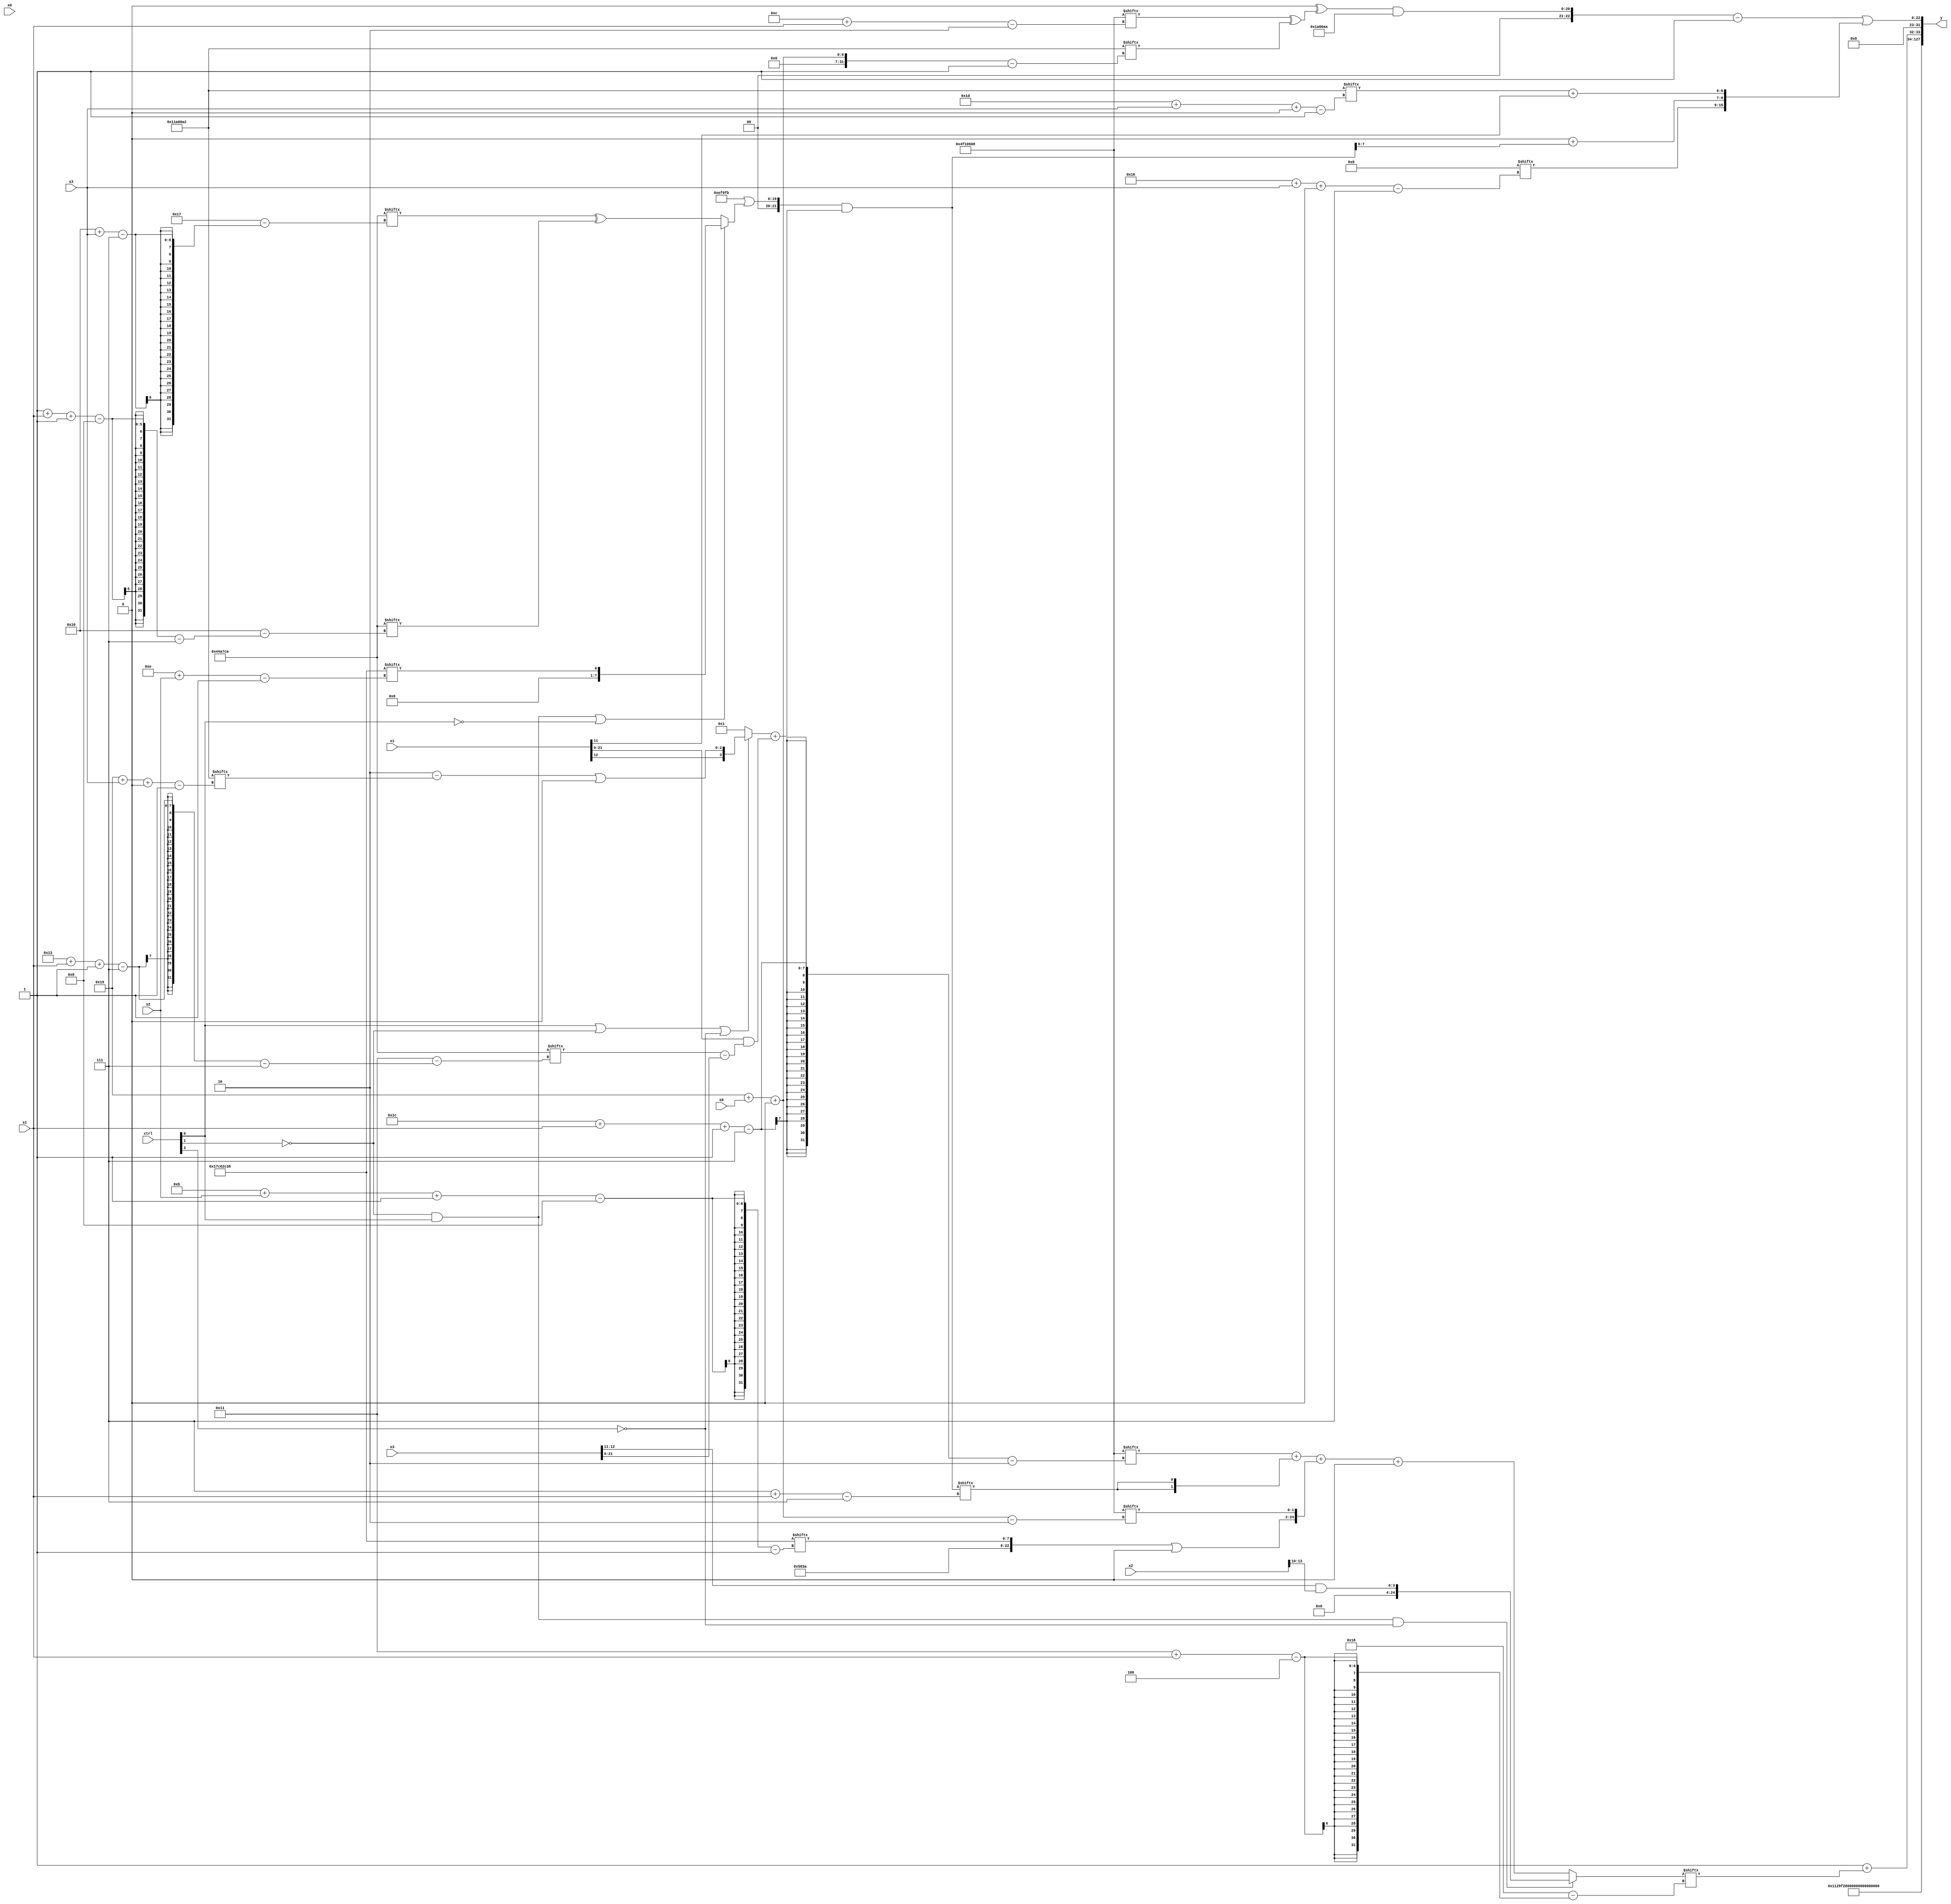
module partsel_00592(ctrl, s0, s1, s2, s3, x0, x1, x2, x3, y);
  input [3:0] ctrl;
  input [2:0] s0;
  input [2:0] s1;
  input [2:0] s2;
  input [2:0] s3;
  input [31:0] x0;
  input signed [31:0] x1;
  input signed [31:0] x2;
  input [31:0] x3;
  wire signed [24:7] x4;
  wire [5:29] x5;
  wire [28:7] x6;
  wire [29:7] x7;
  wire [31:3] x8;
  wire signed [31:6] x9;
  wire [4:28] x10;
  wire signed [27:1] x11;
  wire signed [25:7] x12;
  wire signed [5:24] x13;
  wire [25:3] x14;
  wire [4:26] x15;
  output [127:0] y;
  wire signed [31:0] y0;
  wire signed [31:0] y1;
  wire [31:0] y2;
  wire [31:0] y3;
  assign y = {y0,y1,y2,y3};
  localparam [7:30] p0 = 692365258;
  localparam [31:1] p1 = 398863416;
  localparam signed [31:2] p2 = 82904584;
  localparam signed [26:1] p3 = 286916770;
  assign x4 = p1[8 +: 4];
  assign x5 = (ctrl[1] && ctrl[0] && ctrl[3] ? p1[14 + s2] : x2[13 -: 2]);
  assign x6 = {{{((ctrl[2] || !ctrl[0] && ctrl[2] ? x0[27 + s1 -: 8] : x0[13 + s2]) | {2{x5[22 + s3 -: 7]}}), {(p0[27 + s1 -: 7] + p1[14 -: 3]), p2[5 + s3 +: 5]}}, (x4[18 + s0] ^ (x2[14 + s0 +: 2] & p0[10 +: 3]))}, ({x3[17 + s3 -: 4], ((p0[19 +: 3] - p2) | (!ctrl[1] && ctrl[0] || !ctrl[0] ? p1[14 + s2] : (p0[16 + s3] ^ p0[1 + s1 -: 8])))} & ((ctrl[0] || !ctrl[1] || !ctrl[3] ? {x1[12 -: 1], ((p0[15 +: 2] - p3[25 + s3 +: 3]) | x4[11])} : p2[23 -: 1]) + (x1 & (p0[19 + s1 -: 7] - x3))))};
  assign x7 = ({2{(((x4[12] ^ (p2[12 + s1] ^ p3[25 + s0 +: 4])) & (p3 | p1[18 -: 4])) - p2[12 +: 3])}} | {{x4[22 + s3 +: 7], (p0[19] + x6[14 -: 2])}, (p3[29 + s3 +: 7] + x1[11])});
  assign x8 = x5;
  assign x9 = {(p0[14 -: 3] - (!ctrl[0] || ctrl[0] || !ctrl[3] ? p0 : x4[4 + s3 +: 3])), p1[11 + s2 -: 8]};
  assign x10 = (ctrl[0] && !ctrl[1] && !ctrl[3] ? (x3[12 -: 2] & x2[10 +: 4]) : (((p2[28 + s1 -: 7] + {2{x6[7 + s1]}}) + {(x6[12 + s0 -: 2] | x1[0 + s2 +: 7]), {(x9 | p2[16 +: 2]), p2[25 + s0 +: 2]}}) + p3[19 +: 1]));
  assign x11 = x7;
  assign x12 = p0[27 + s0 -: 8];
  assign x13 = (x6[21 -: 4] | ({2{x0}} ^ (p0[15 -: 4] ^ {(x0[17 + s1] | p2[12 -: 4]), p3})));
  assign x14 = p3;
  assign x15 = ({2{p3[8 + s1 -: 8]}} + (x5[3 + s1 -: 1] - x3));
  assign y0 = p0;
  assign y1 = {p3[23], p0[16 -: 2]};
  assign y2 = (p1[18] + x10[17 + s1]);
  assign y3 = x7;
endmodule